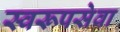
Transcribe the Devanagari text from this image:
स्वरूपसेवा